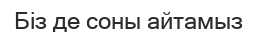
Біз де соны айтамыз